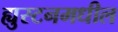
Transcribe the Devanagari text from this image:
ह्युस्टनमधील